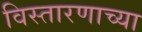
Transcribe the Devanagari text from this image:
विस्तारणाच्या